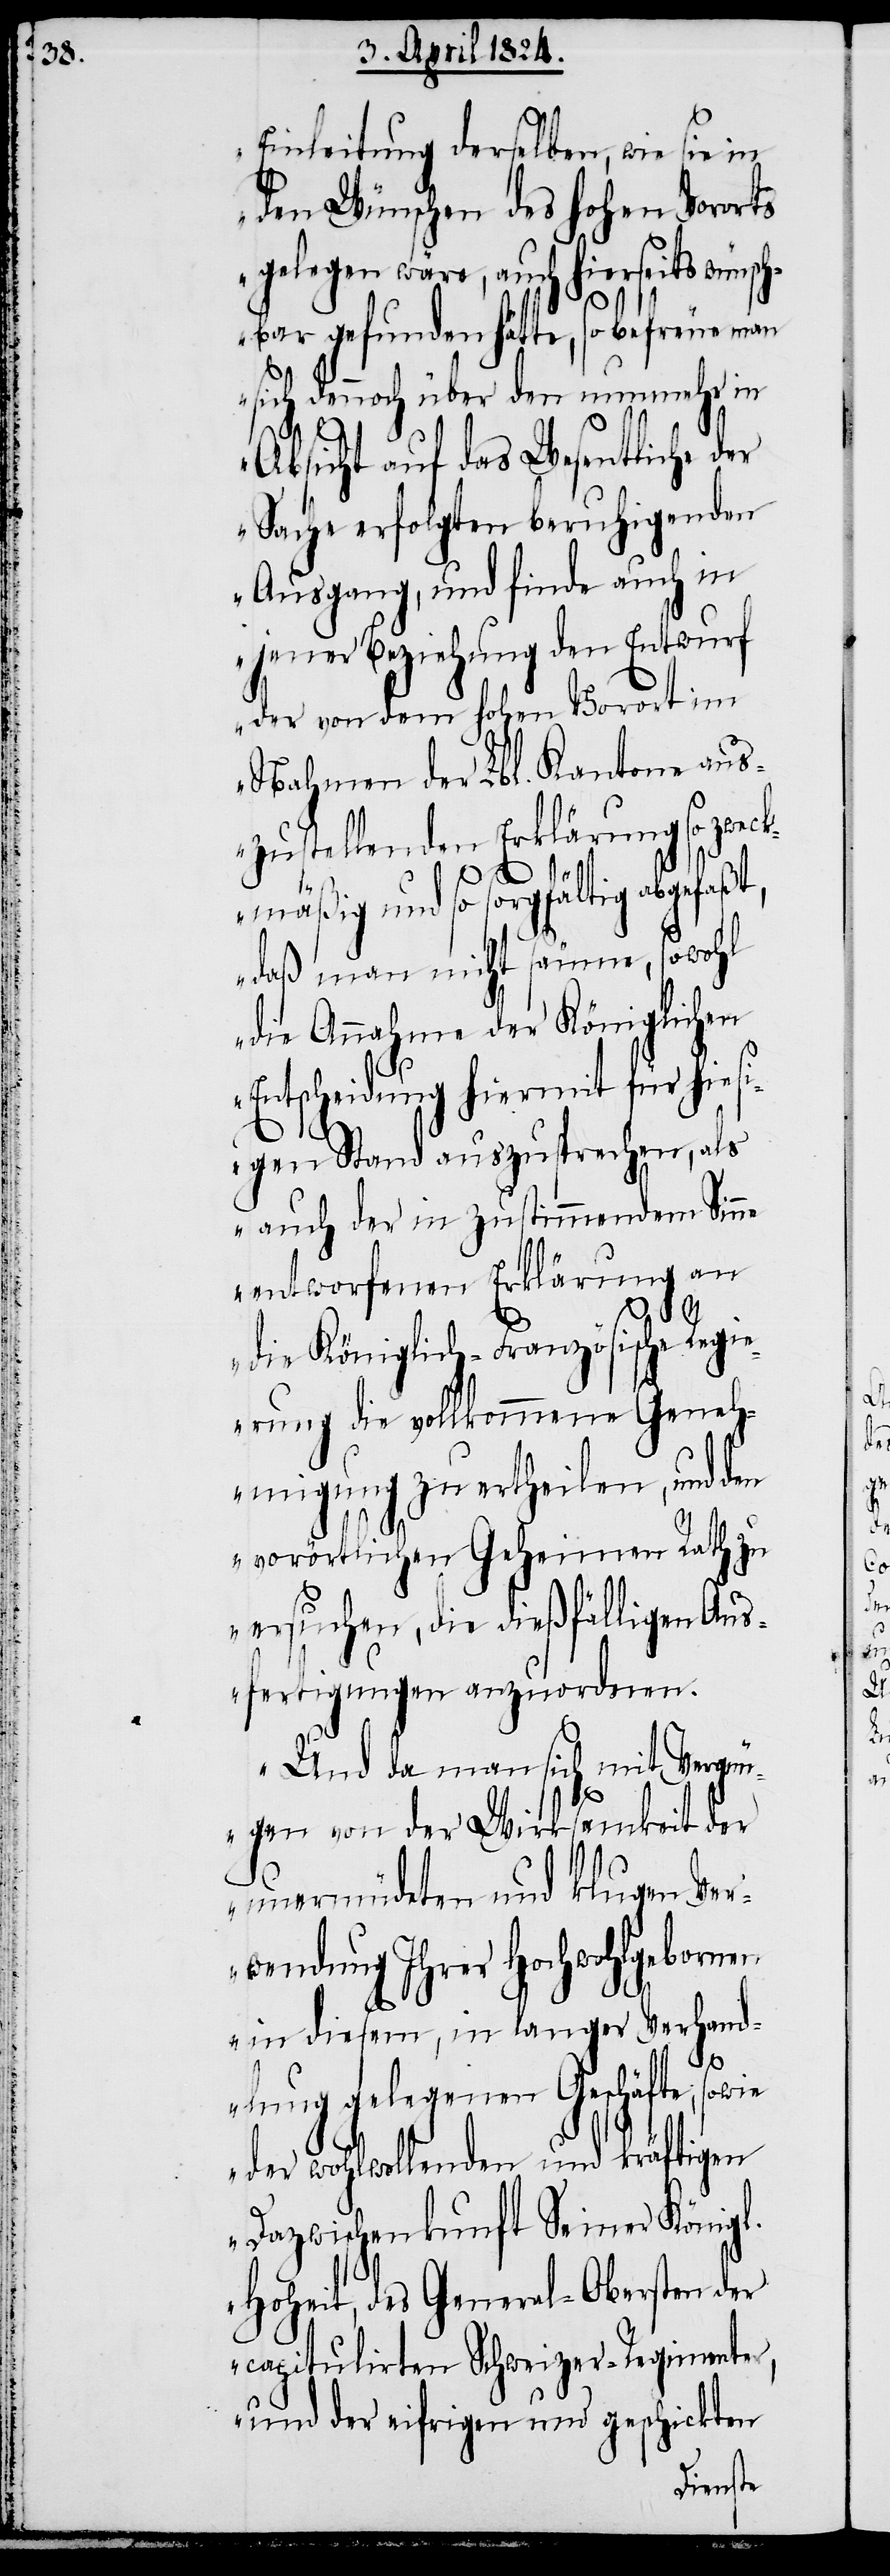
Einleitung derselben, wie sie in
den Wünschen des hohen Vororts
gelegen wäre, auch hierseits wünsch¬
bar gefunden hätte, so befreue man
sich dennoch über den nunmehr in
Absicht auf das Wesentliche
Sache erfolgten beruhigenden
Ausgang, und finde auch in
jener Beziehung den Entwurf
der von dem hohen Vorort im
Nahmen der Lbl. Kantone aus¬
zustellenden Erklärung so zwec¬
kmäßig und so sorgfältig abgefaßt,
daß man nicht säume, sowohl
die Annahme der Königlichen
Entscheidung hiermit für hiesi¬
gen Stand anzusprechen, als
auch der in zustimmendem Sinne
entworfenen Erklärung an
die Königlich-Französische Regi¬
erung die vollkommene Geneh¬
migung zu ertheilen, und den
vorörtlichen Geheimen Rath zu
ersuchen, die dießfälligen Aus¬
fertigungen anzuordnen.
Und da man sich mit Vergn¬
ügen von der Wirksamkeit der
unermüdeten und klugen Ver¬
wendung Ihrer Hochwohlgebornen
in diesem, in langer Verhand¬
lung gelegenen Geschäfte, sowie
der wohlwollenden und kräftigen
Dazwischenkunft Seiner Königl.
Hoheit, des General-Obersten der
capitulirten Schweizer-Regimenter,
und der eifrigen und geschickten